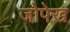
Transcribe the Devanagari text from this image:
जोपेख़